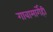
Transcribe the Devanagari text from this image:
गावामार्गेही